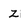
Character: z